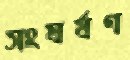
সংঘর্ষণ